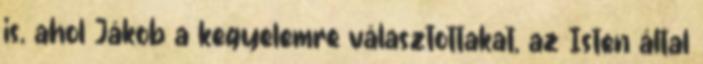
is, ahol Jákob a kegyelemre választottakat, az Isten által